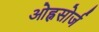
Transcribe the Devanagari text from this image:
ओह्नसोर्ज